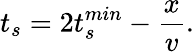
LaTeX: t_{s}=2t_{s}^{min}-\frac{x}{v}.